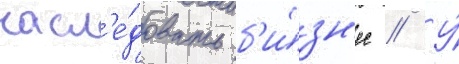
насл'е́довать б'и́зн'ес // У́